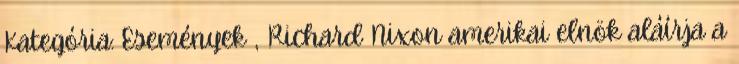
Kategória: Események , Richard Nixon amerikai elnök aláírja a